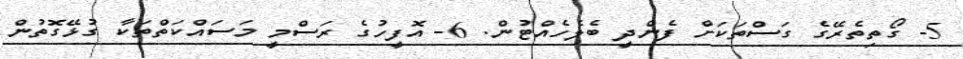
5- ގޯތިތެރޭގެ ގަސްތަކަށް ފެންދީ ބެލެހެއްޓުން. 6- އޮފީހުގެ ރަސްމީ މަސައްކަތްތަކާ ގުޅޭގޮތުން